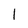
Character: 1